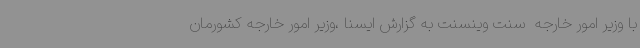
با وزیر امور خارجه  سنت وینسنت به گزارش ایسنا ،وزیر امور خارجه کشورمان